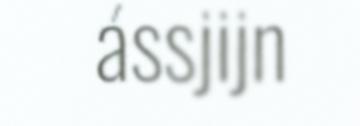
ássjijn